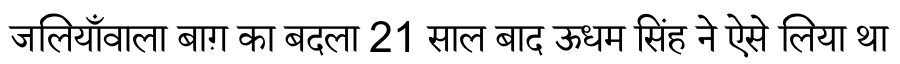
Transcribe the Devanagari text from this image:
जलियाँवाला बाग़ का बदला 21 साल बाद ऊधम सिंह ने ऐसे लिया था